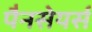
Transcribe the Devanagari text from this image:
पैनसेयर्स